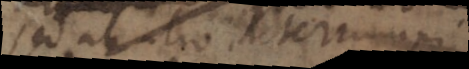
sed ab alio determini